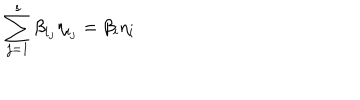
\sum _ { j = 1 } ^ { s } \beta _ { i _ { j } } \eta _ { i _ { j } } = \beta _ { i } \eta _ { i }